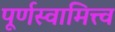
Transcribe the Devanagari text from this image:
पूर्णस्वामित्त्व